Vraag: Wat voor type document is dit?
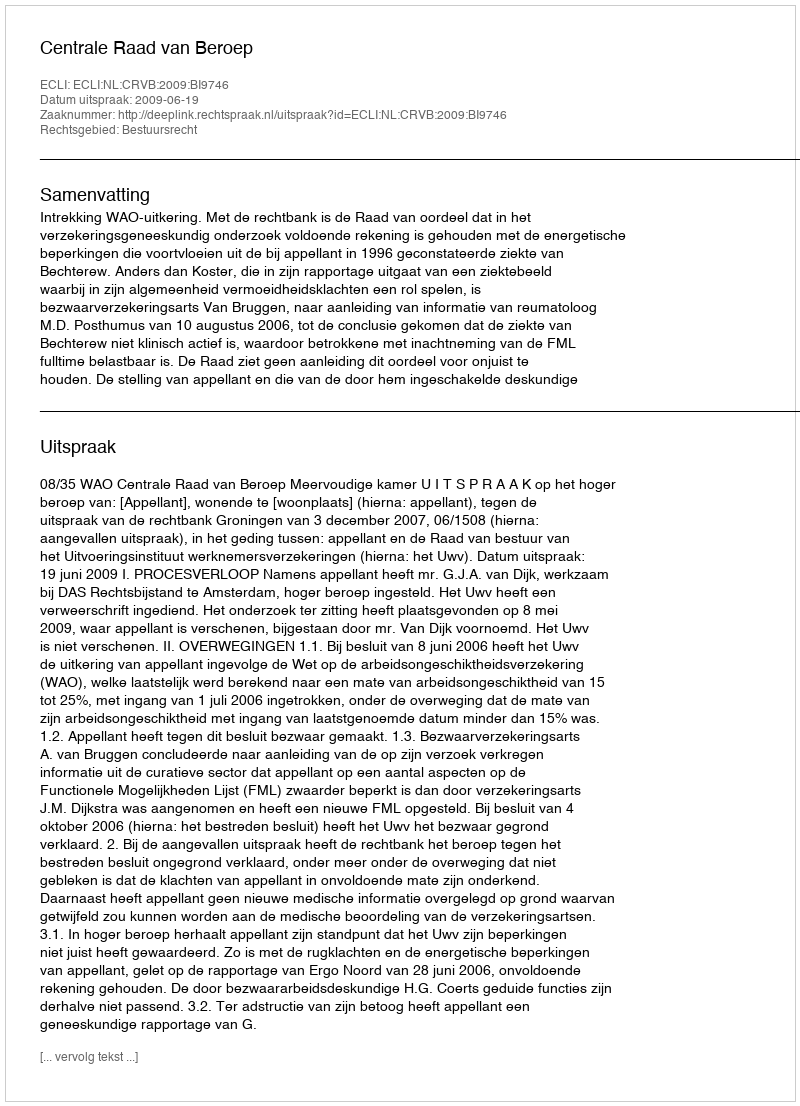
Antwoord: Uitspraak